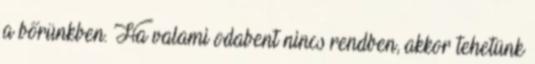
a bőrünkben. Ha valami odabent nincs rendben, akkor tehetünk